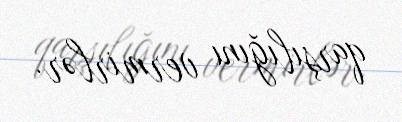
qarşılığını vermirlər.